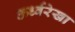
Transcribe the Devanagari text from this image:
ऊर्ध्वरेखा